system: You are a helpful assistant.
user:
Analyze the provided spectrum to determine if it is a **"Cataclysmic Variables (CV)"**.

- **Key Indicators for CV (Check for either state):**
    - **State 1: Quiescent / Low-State (Emission-Dominated)**
        - **(Primary):** Strong and *very broad* Hydrogen Balmer emission lines (e.g., $H\alpha$ at 6563 Å, $H\beta$ at 4861 Å). The 'broadness' (high velocity dispersion, often FWHM > 1000 km/s) is the key diagnostic, indicating a high-velocity accretion disk.
        - **(Secondary):** Broad neutral Helium (He I) emission lines (e.g., 5876 Å, 6678 Å).
        - **(Key Confirmation):** Presence of high-excitation *ionized* Helium (He II) emission at 4686 Å. This is a strong indicator of accretion onto a white dwarf.
        - **(Line Profile):** Emission lines may exhibit a 'double-peaked' profile, which is a classic signature of a rotating accretion disk viewed at high inclination.

    - **State 2: Outburst / High-State (Absorption-Dominated)**
        - **(Primary):** Spectrum is dominated by a bright, blue continuum (looks like a hot star).
        - **(Secondary):** The emission lines from State 1 are weak, absent, or 'filled in', and are replaced by broad, shallow *absorption* lines (primarily Balmer and He I).
        - **(Morphology):** The overall spectrum mimics a hot B/A-type star. The crucial difference is that the absorption lines are significantly broader, shallower, and more 'washed-out' (or 'smeared') than the sharp lines of a normal stellar photosphere, due to high rotational speeds and pressure broadening in the disk.

Think first, call **spectral_visualization_tool** if needed to examine features in detail, then provide your final answer. Your response must adhere to the following strict rules:
1.  **Overall Structure:** Your response must follow the format `<think>...</think> <tool_call>...</tool_call> (if a tool is used) <answer>...</answer>`.
2.  **Tool Usage Constraint:** You may only make **one** tool call per turn.
3.  **Final Answer Format:** In the `<answer>` tag, your conclusion must be inside a `\boxed{}` command (e.g., `\boxed{YES}`), followed by your justification.

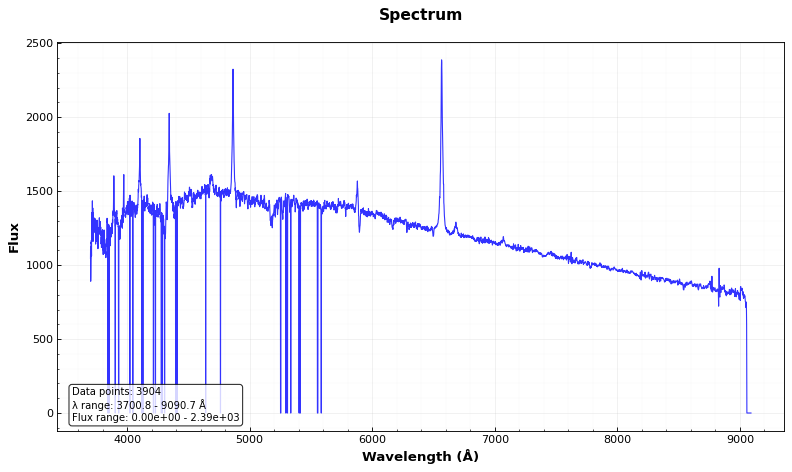
Answer: YES